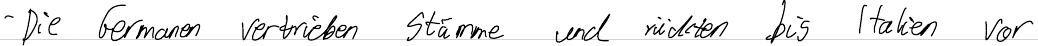
- Die Germanen vertrieben Stämme und rückten bis Italien vor